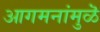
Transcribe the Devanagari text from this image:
आगमनांमुळॆ